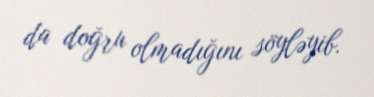
da doğru olmadığını söyləyib.